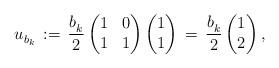
LaTeX: \begin{align*} {u}^{}_{b_k} \, := \, \dfrac{b^{}_k}{2} \left(\begin{matrix} 1 & 0\\ 1& 1\end{matrix}\right) \left(\begin{matrix} 1 \\ 1 \end{matrix}\right) \, = \, \dfrac{b^{}_k}{2} \left(\begin{matrix} 1 \\ 2 \end{matrix}\right),\end{align*}